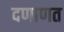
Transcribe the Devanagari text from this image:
दणाणत